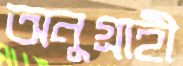
অনুগ্রাহী